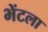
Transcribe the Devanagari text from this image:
भेंटला